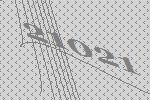
21021